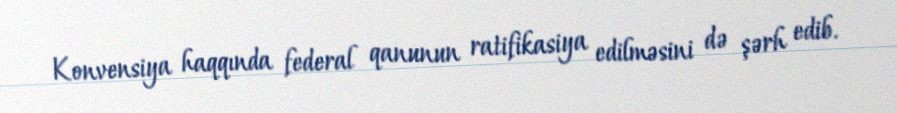
Konvensiya haqqında federal qanunun ratifikasiya edilməsini də şərh edib.